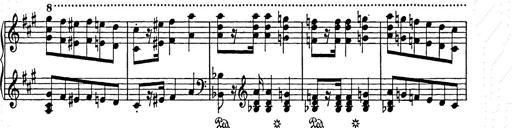
Title: Weihnachtsbaum
Composer: Franz Liszt